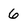
Character: 6